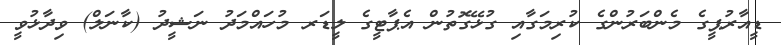
ޑީއާރުޕީގެ މެންބަރުންގެ ކުރިމަގާއި ގުޅޭގޮތުން އެޕާޓީގެ ލީޑަރ މުހައްމަދު ނަޝީދު (ކާނަލް) ވިދާޅުވީ